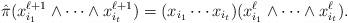
LaTeX: \begin{align*}\hat{\pi}(x_{i_1}^{\ell+1}\wedge\cdots\wedge x_{i_t}^{\ell+1})=(x_{i_1}\cdots x_{i_t})(x_{i_1}^\ell\wedge\cdots\wedge x_{i_t}^\ell).\end{align*}